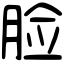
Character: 脸